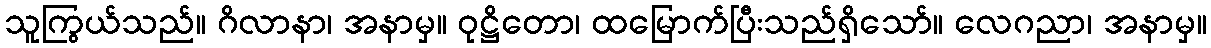
သူကြွယ်သည်။ ဂိလာနာ၊ အနာမှ။ ဝုဋ္ဌိတော၊ ထမြောက်ပြီးသည်ရှိသော်။ လေဂညာ၊ အနာမှ။